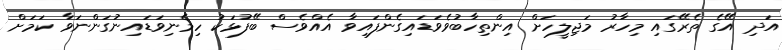
އަދި އޭގެ ތެރޭގައި މިހާރު މަޖިލީހަށް އިންތިހާބުވެވަޑައިގެންފައިވާ އެއްވެސް ބޭފުޅަކު ހިމެނިވަޑައިނުގަންނަވާ ކަމަށް